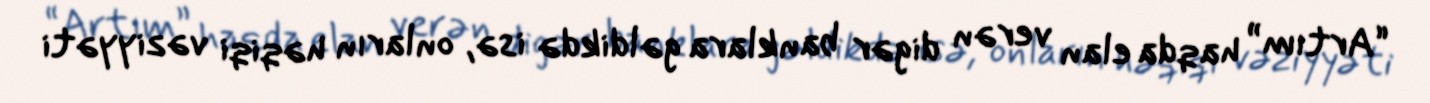
“Artım” haqda elan verən digər banklara gəldikdə isə, onların həqiqi vəziyyəti